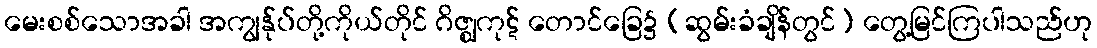
မေးစစ်သောအခါ အကျွန်ုပ်တို့ကိုယ်တိုင် ဂိဇ္ဈကုဋ် တောင်ခြေ၌ (ဆွမ်းခံချိန်တွင်) တွေ့မြင်ကြပါသည်ဟု